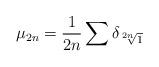
LaTeX: \begin{align*}\mu_{2n} = \frac{1}{2n}\sum \delta_{\sqrt[2n]{1}} \end{align*}